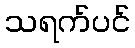
သရက်ပင်